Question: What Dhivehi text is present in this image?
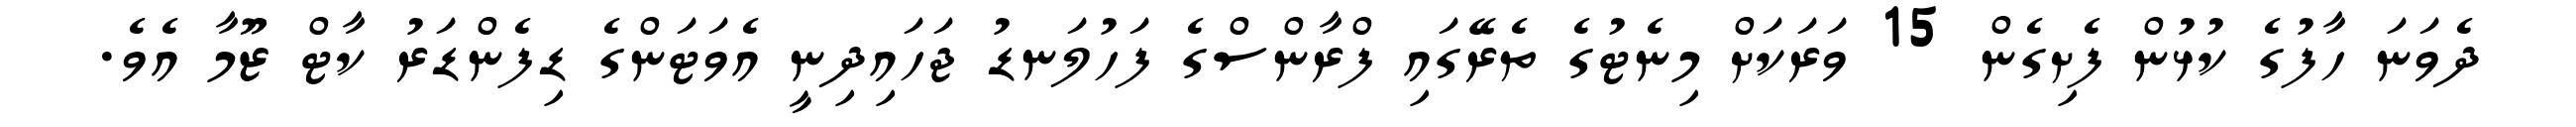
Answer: ދެވަނަ ހާފުގެ ކުޅުން ފެށިގެން 15 ވަރަކަށް މިނެޓުގެ ތެރޭގައި ފްރާންސްގެ ފަހުލަނޑު ޖަހައިދިނީ އެވަޓަންގެ ޑިފެންޑަރު ކާޓް ޒޫމާ އެވެ.